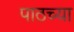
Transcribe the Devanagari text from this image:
पाठच्या